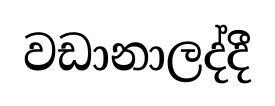
වඩානාලද්දී